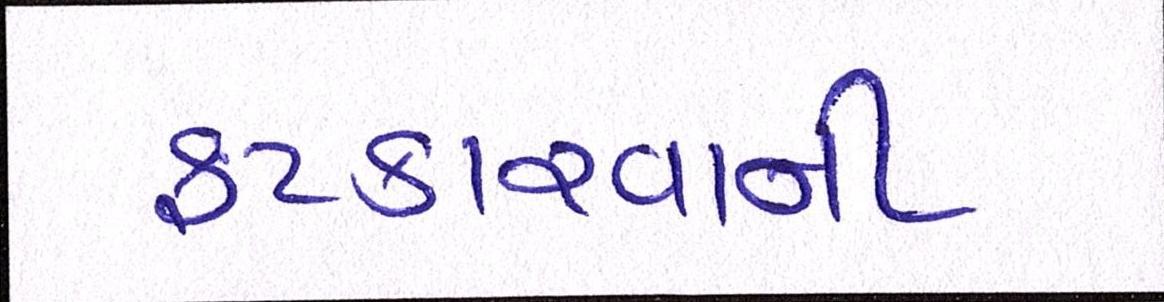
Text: ફટકારવાની